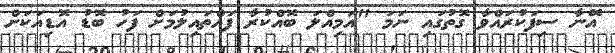
އޭނާ ސިފަކުރައްވާ ގޮތުގައި ނަމަ "އަމިއްލަ ބޮއްކުރާ ފައްތައިލުމަށް ފަހު ބޮޑު އޮޑިއަކަށް